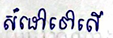
សំដៅទៅលើ